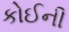
કોઈની